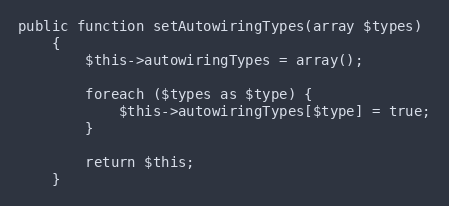
Language: PHP
public function setAutowiringTypes(array $types)
    {
        $this->autowiringTypes = array();

        foreach ($types as $type) {
            $this->autowiringTypes[$type] = true;
        }

        return $this;
    }